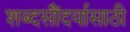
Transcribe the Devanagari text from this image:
शब्दसौंदर्यासाठी